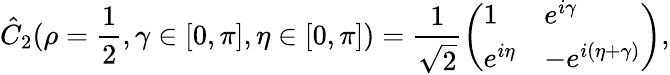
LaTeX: \hat{C}_{2}(\rho=\frac{1}{2},\gamma\in[0,\pi],\eta\in[0,\pi])=\frac{1}{\sqrt{2}}\left(\begin{array}{ll}{1}&{e^{i\gamma}}\\ {e^{i\eta}}&{-e^{i(\eta+\gamma)}}\end{array}\right),